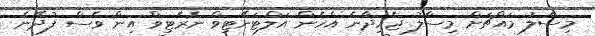
މިސާލު މައްޗަށް މިސާލު ޖެހިދާނެ އެހެން އަލްޓަނޭޓިވް ނެރެޓިވް އިން ވެސް ފުދޭނެ